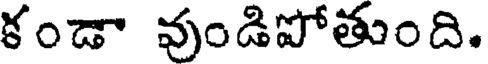
కండా వుండిపోతుంది.